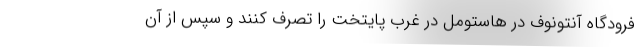
فرودگاه آنتونوف در هاستومل در غرب پایتخت را تصرف کنند و سپس از آن